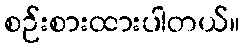
စဉ်းစားထားပါတယ်။